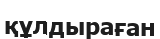
құлдыраған